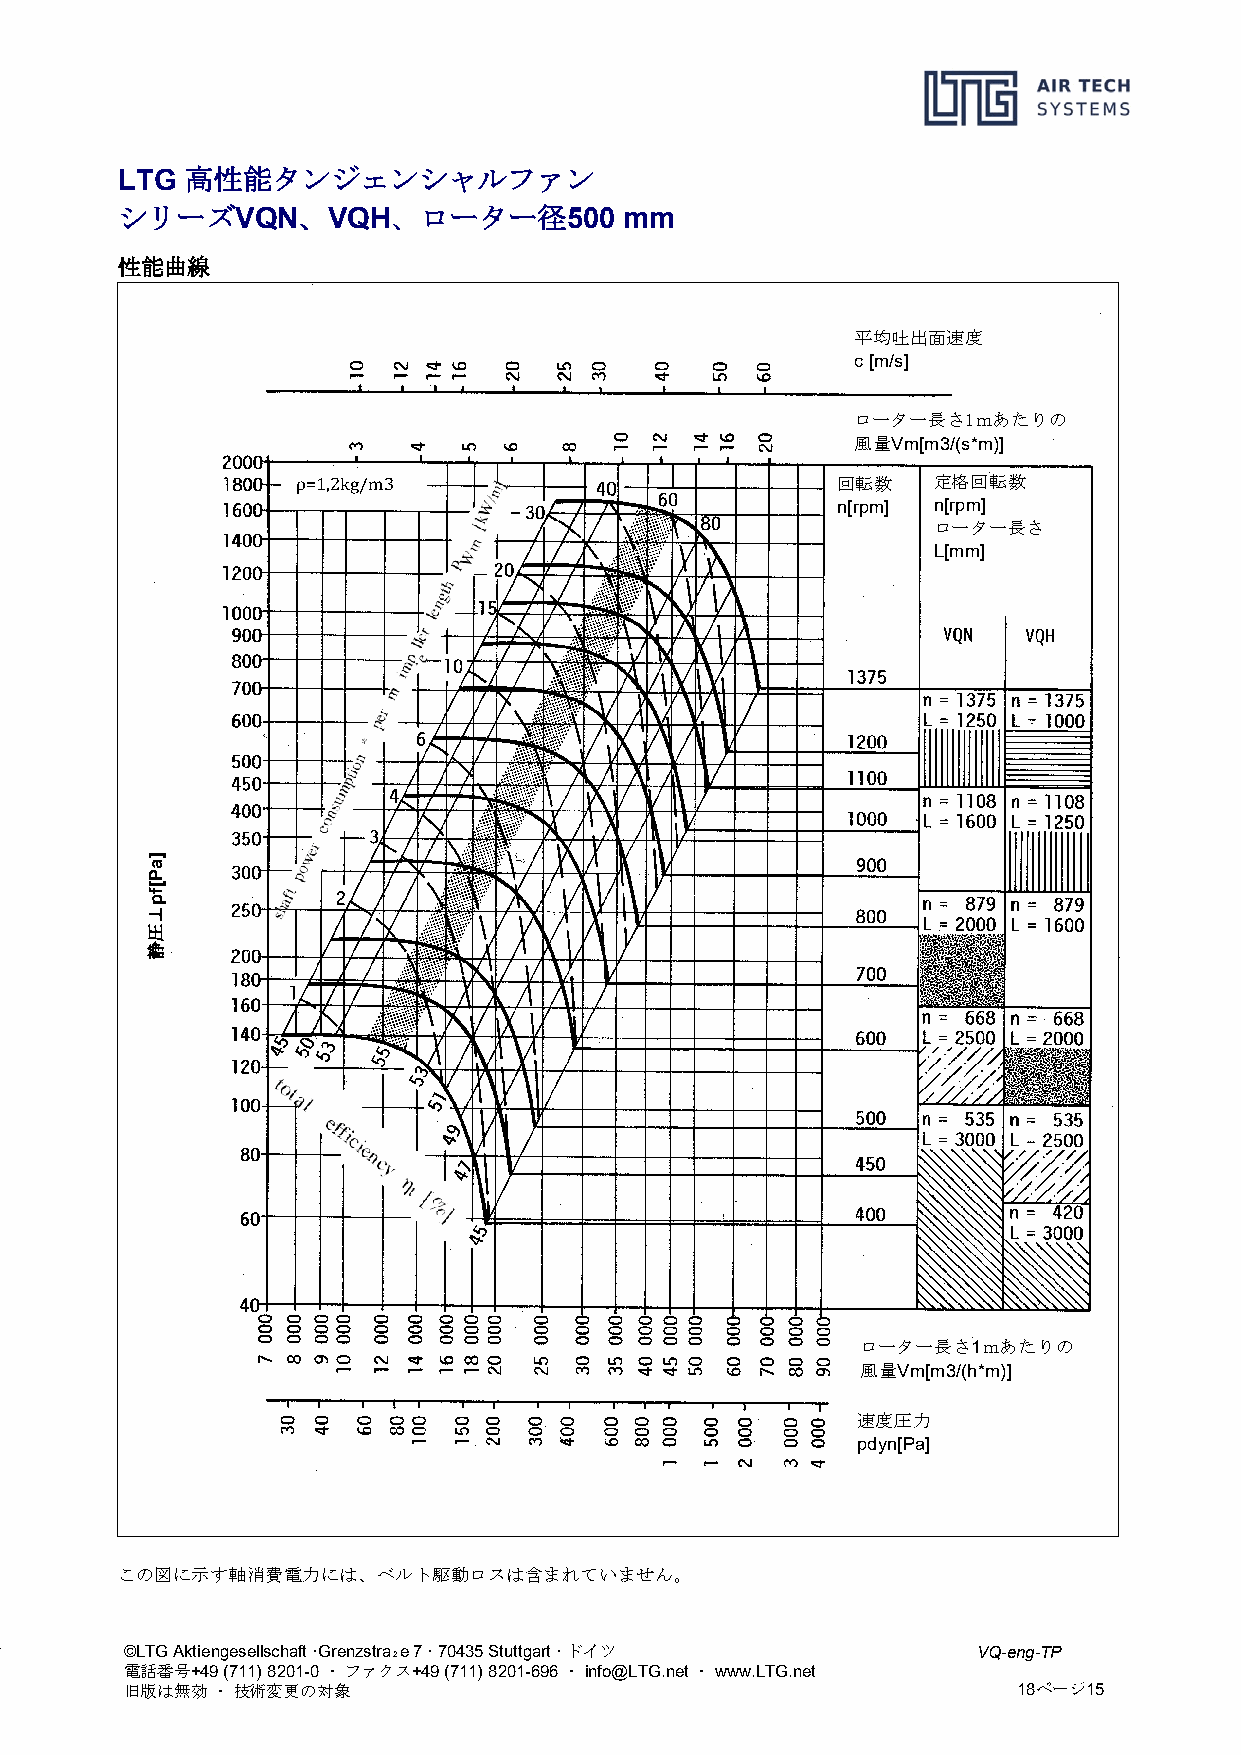
高性能タンジェンシャルファン
 LTG
 シリーズ        、     、ローター径
 VQN   VQH             500 mm
 性能曲線
 平均吐出面速度
 c [m/s]
 ローター長さ1ｍあたりの
 風量Vm[m3/(s*m)]
 回転数    定格回転数
 n[rpm] n[rpm]
 ρ=1,2kg/m3                                ローター長さ
 L[mm]
 ローター長さ1ｍあたりの
 風量Vm[m3/(h*m)]
 速度圧力
 pdyn[Pa]
 この図に示す軸消費電力には、ベルト駆動ロスは含まれていません。
 ©LTG Aktiengesellschaft ·Grenzstra₂e 7 · 70435 Stuttgart · ドイツ VQ-eng-TP
 電話番号+49 (711) 8201-0 ・ ファクス+49 (711) 8201-696 ・ info@LTG.net ・ www.LTG.net
 旧版は無効 ・ 技術変更の対象                                            18ページ15
 ]aP[fp⊥圧静